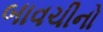
બાવચીનો